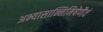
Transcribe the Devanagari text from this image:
अभ्यासान्निमिषेणैवं